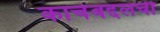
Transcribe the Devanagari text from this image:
काचेबद्दलची